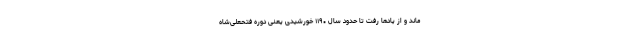
ماند و از یادها رفت تا حدود سال ۱۱۹۰ خورشیدی یعنی دوره فتحعلی‌شاه